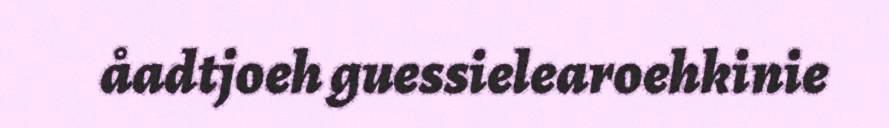
åadtjoeh guessielearoehkinie